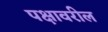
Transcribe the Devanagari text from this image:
पक्षावरील